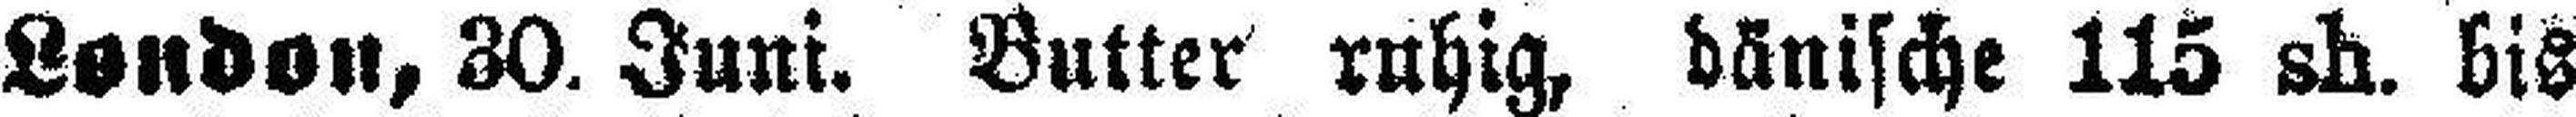
London, 30. Juni. Butter ruhig, dänische 115 sh. bis